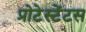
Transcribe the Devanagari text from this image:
प्रोटेस्टेंटस